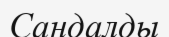
Сандалды